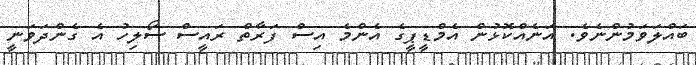
ބައްލަވަމުންނެވެ. އަނެއްކޮޅުން އެމްޑީޕީގެ އެންމެ އިސް ފަރާތް ރައީސް ސޯލިހު އެ ގެންދަވަނީ